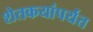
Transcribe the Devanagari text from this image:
शेतकयांपर्यंत